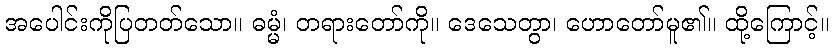
အပေါင်းကိုပြတတ်သော။ ဓမ္မံ၊ တရားတော်ကို။ ဒေသေတွာ၊ ဟောတော်မူ၏။ ထို့ကြောင့်။